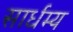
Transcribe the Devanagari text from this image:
सार्धम्य